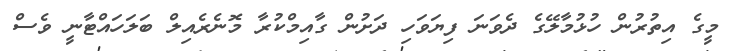
މީގެ އިތުރުން ހުޅުމާލޭގެ ދެވަނަ ފިޔަވަހި ދަށުން ގާއިމްކުރާ މޮނެރެއިލް ބަލަހައްޓާނީ ވެސް